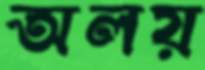
অলয়